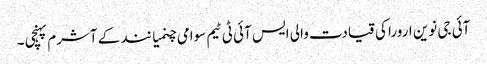
آئی جی نوین ارورا کی قیادت والی ایس آئی ٹی ٹیم سوامی چنمیا نند کے آشرم پہنچی ۔